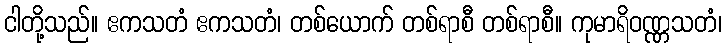
ငါတို့သည်။ ဧကသတံ ဧကသတံ၊ တစ်ယောက် တစ်ရာစီ တစ်ရာစီ။ ကုမာရိဝဏ္ဏသတံ၊